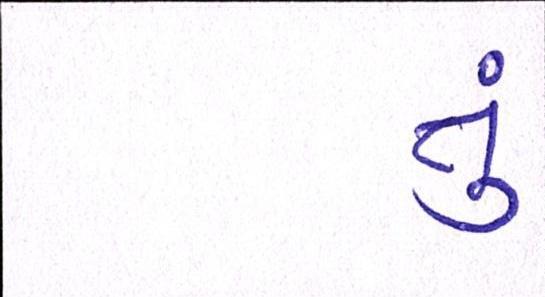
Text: તું